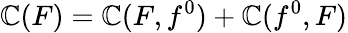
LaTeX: \mathbb{C}(F)=\mathbb{C}(F,f^{0})+\mathbb{C}(f^{0},F)